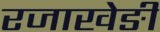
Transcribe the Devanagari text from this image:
रजाखेङी